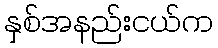
နှစ်အနည်းငယ်က